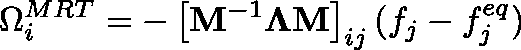
\Omega _ { i } ^ { M R T } = - \left[ \mathbf { M } ^ { - 1 } \mathbf { \Lambda } \mathbf { M } \right] _ { i j } ( f _ { j } - f _ { j } ^ { e q } )